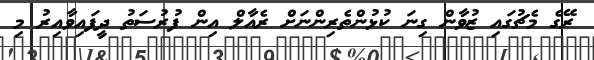
ރޭގެ މެޗުގައި ޒުވާން ގިނަ ކުޅުންތެރިންނަށް ރެއާލް އިން ފުރުސަތު ދީފައިވާއިރު މި